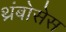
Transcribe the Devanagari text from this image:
थ्रंबोसेस